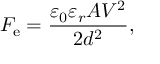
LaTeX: F _ { \mathrm { e } } = { \frac { \varepsilon _ { 0 } \varepsilon _ { r } A V ^ { 2 } } { 2 d ^ { 2 } } } ,